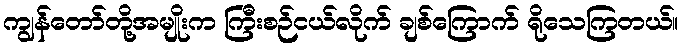
ကျွန်တော်တို့အမျိုးက ကြီးစဉ်ငယ်လိုက် ချစ်ကြောက် ရိုသေကြတယ်။